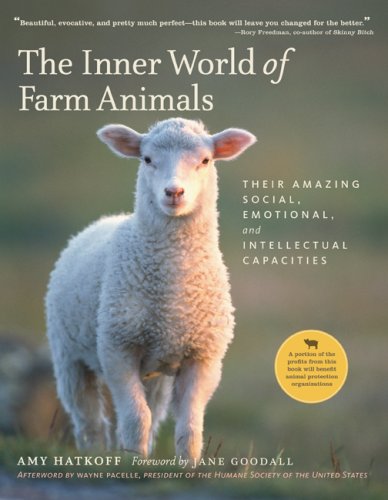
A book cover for The Inner World of Farm Animals: Their Amazing Social, Emotional, and Intellectual Capacities; Amy Hatkoff; Science & Math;